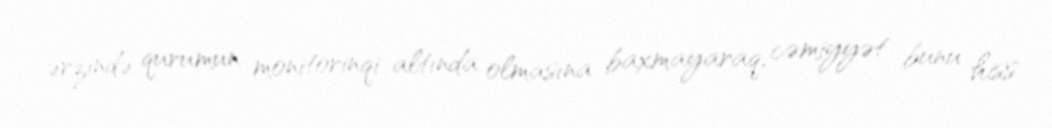
ərzində qurumun monitorinqi altında olmasına baxmayaraq, cəmiyyət bunu hiss